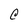
Character: C